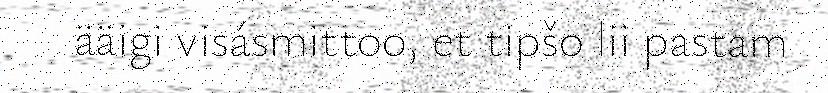
ääigi visásmittoo, et tipšo lii pastam